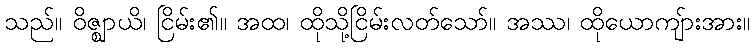
သည်။ ဝိဇ္ဈာယိ၊ ငြိမ်း၏။ အထ၊ ထိုသို့ငြိမ်းလတ်သော်။ အဿ၊ ထိုယောကျ်ားအား။